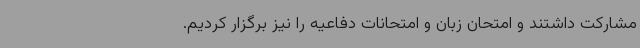
مشارکت داشتند و امتحان زبان و امتحانات دفاعیه را نیز برگزار کردیم.